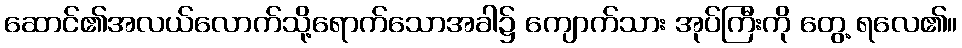
ဆောင်၏အလယ်လောက်သို့ရောက်သောအခါ၌ ကျောက်သား အုပ်ကြီးကို တွေ့ ရလေ၏။